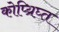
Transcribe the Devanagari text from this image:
कोप्य्रिघ्त